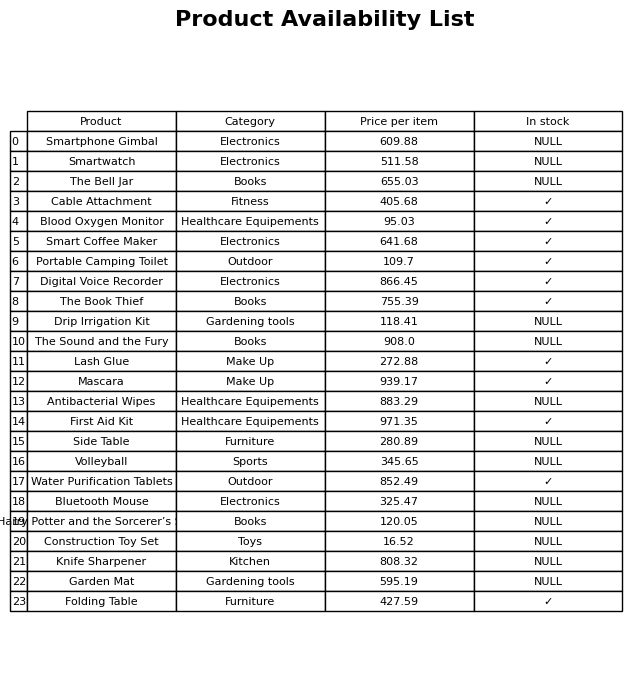
question: Which products are available in stock?
answer: Cable Attachment, Blood Oxygen Monitor, Smart Coffee Maker, Portable Camping Toilet, Digital Voice Recorder, The Book Thief, Lash Glue, Mascara, First Aid Kit, Water Purification Tablets, Folding Table